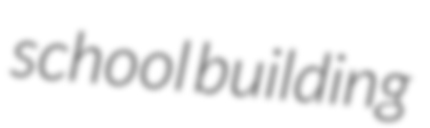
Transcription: school building